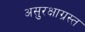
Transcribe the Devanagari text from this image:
असुरक्षाग्रस्त